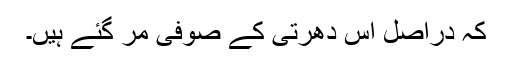
کہ دراصل اس دھرتی کے صوفی مر گئے ہیں۔